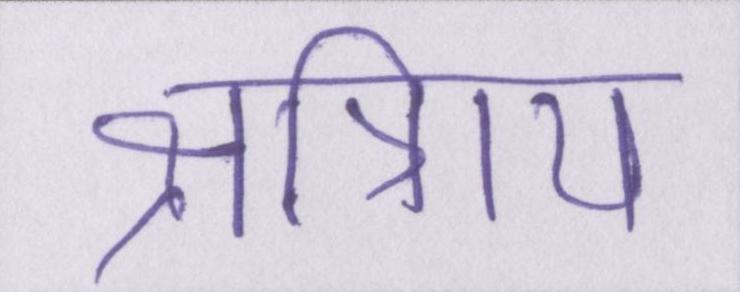
क्षत्रिाय